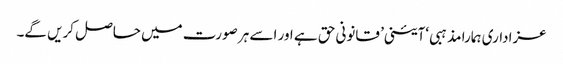
عزاداری ہمارا مذہبی ‘آئینی’ قانونی حق ہے اور اسے ہر صورت میں حاصل کریں گے۔